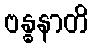
ဗန္ဓနာတိ